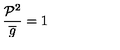
\frac { \mathcal { P } ^ { 2 } } { \overline { { g } } } = 1